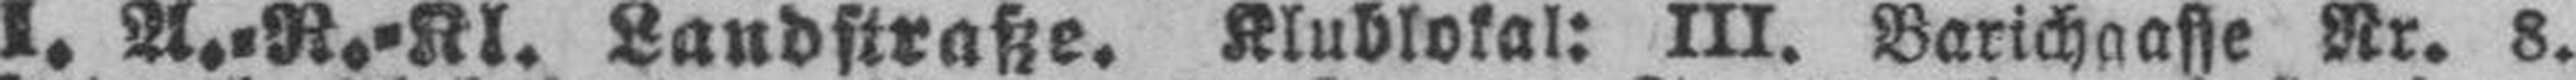
I. A.-R.-Kl. Landstraße. Klublokal: III. Barichgasse Nr. 8.